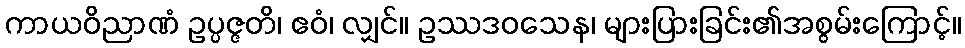
ကာယဝိညာဏံ ဥပ္ပဇ္ဇတိ၊ ဧဝံ၊ လျှင်။ ဥဿဒဝသေန၊ များပြားခြင်း၏အစွမ်းကြောင့်။